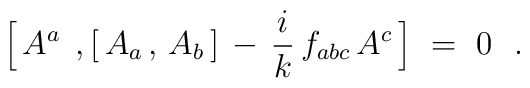
\Bigl[\, A^a  \;\, , [\, A_a \, , \,  A_b\, ] \, - \, \frac{i}{k}\,  f_{a b c}\, A^c \,\Bigr]  \ = \ 0 \ \ .